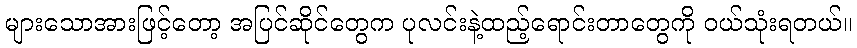
များသောအားဖြင့်တော့ အပြင်ဆိုင်တွေက ပုလင်းနဲ့ထည့်ရောင်းတာတွေကို ဝယ်သုံးရတယ်။